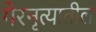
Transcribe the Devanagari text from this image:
गेरनृत्यातील